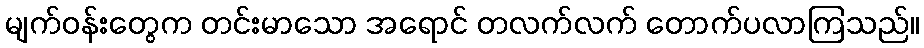
မျက်ဝန်းတွေက တင်းမာသော အရောင် တလက်လက် တောက်ပလာကြသည်။